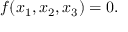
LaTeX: f ( x _ { 1 } , x _ { 2 } , x _ { 3 } ) = 0 .